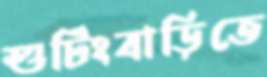
শুটিংবাড়িতে